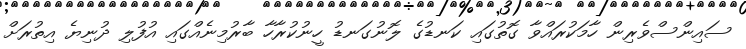
ސައިންސްވެރިން ހާމަކުރައްވާ ގޮތުގައި ކަނޑުގެ ލޮނުގަނޑު ހީނުކުރާހާ ބާރުމިނެއްގައި އުފުލި ދުނިޔެ އިތުރަށް